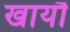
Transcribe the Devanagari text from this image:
खायौ